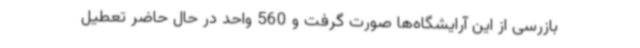
بازرسی از این آرایشگاه‌ها صورت گرفت و 560 واحد در حال حاضر تعطیل